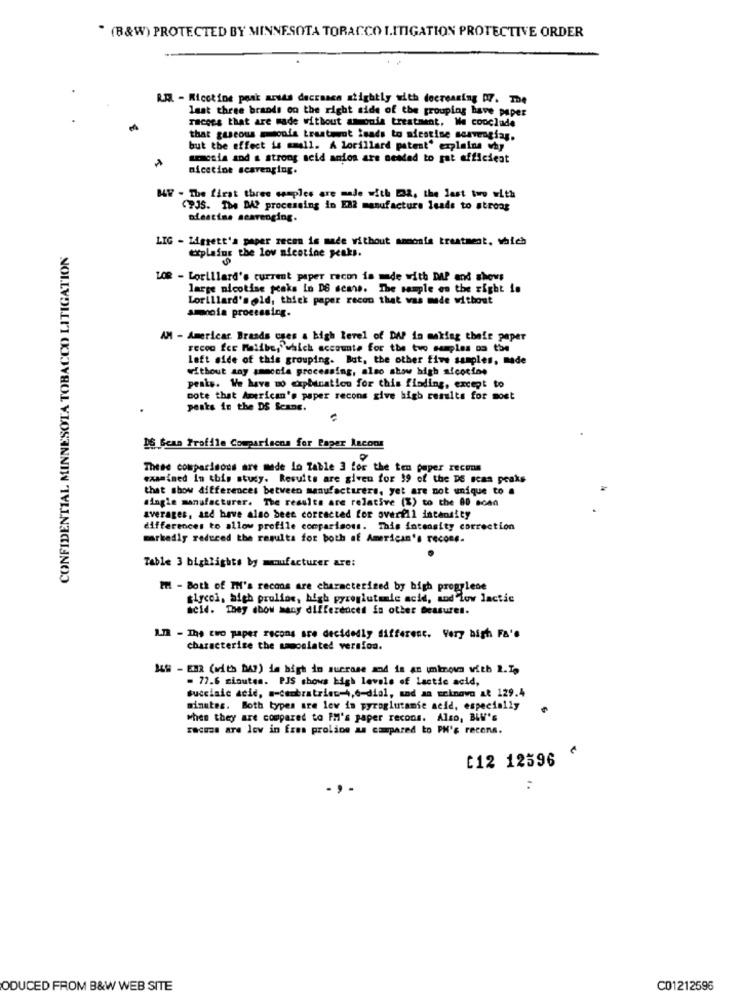
. (B&W) PROTECTED BY MINNESOTA TORACCO LITIGATION PROTECTIVE ORDER
R.M. - Ricotine posk arwas deccasce atightly with decreasing D7. The
last three brands on the right side of the grouping have paper
racees that are made without am onia treatment, We conclude
that gaseous smoola treatment leads to nicotine scavenging.
but the effect is small. A lorillard patent' explains why
amnesia and a strong seid anion are needed to pat efficient
nicetine scavenging.
B4W - The first three samples are made with 32, the last two with
PJS. The DA? processing in EN2 manufacture leads to strong
Riescise scavenging.
CONFIDENTIAL MINNESOTA TOBACCO LITIGATION
LIG - Liggett'a paper recen is made without ammonia treatment, which
explains the low nicotine peaks.
LOR - Lorillard's current paper recon is made with DAP and shows
large nicotine peaks in DS sems. The sample on the right is
Lorillard'sold, thick paper recon that was made without
amnoia processing.
AM - Americar. Brands ches a high level of DAP in making thefe paper
recon fer Malibu, which accounte for the tvo samples om the
left side of this grouping. But, the other five samples, made
without any smoccia processing, also show high aicocine
peaks. We have to explanation for this finding, except to
note that American's paper recons give high results for most
peaks in the DS Scane.
DS Sean Profile Comparisons for Paper Incons
These comparisons are made lo Table 3 for the ten paper recens
examined In this study. Results are given for 19 of the DE scaa peaks
that show differences between manufacturers, yet are not unique to a
single manufacturer. The results are relative (%) to the 80 soon
averages, and have also been corrected for overfll intensity
differences to allow profile comparisons. This intensity correction
markedly reduced the results for both of American's recone.
Table 3 bighlights by manufacturer are:
Il - Both of TH's recons are characterized by bigh propylene
glycol, ahigh proline, high pyroglutamic acid, and Low lactic
acid. They abow many differences in other beasure !.
I.m - The two paper recons are decidedly different. Very high Fa's
characterize the smooslated version.
3&# - EBR (with DA?) de high in sucrose and in an umknown with 2.I.
. 77.6 minutes. PJS shows high levels of lactic acid,
succiaic acid, a-cambratrien-4,6-dial, and an ecknovo At 129.4
minutes. Both types are lev in pyroglutamic acid, especially
when they are compared to PH's paper recons. Also, BLW's
racuse are low in fres proline as compared to PH's recens.
C12 12596
ODUCED FROM B&W WEB SITE
C01212596